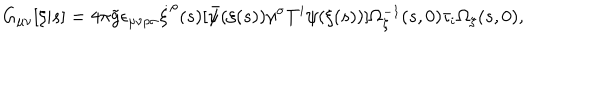
G _ { \mu \nu } [ \xi | s ] = 4 \pi { \tilde { g } } \epsilon _ { \mu \nu \rho \sigma } \dot { \xi } ^ { \rho } ( s ) [ { \bar { \psi } } ( \xi ( s ) ) \gamma ^ { \sigma } T ^ { i } \psi ( \xi ( s ) ) ] \Omega _ { \xi } ^ { - 1 } ( s , 0 ) \tau _ { i } \Omega _ { \xi } ( s , 0 ) ,